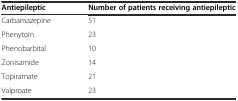
<table><thead><tr><td><b>Antiepileptic</b></td><td><b>Number of patients receiving antiepileptic</b></td></tr></thead><tbody><tr><td>Carbamazepine</td><td>51</td></tr><tr><td>Phenytoin</td><td>23</td></tr><tr><td>Phenobarbital</td><td>10</td></tr><tr><td>Zonisamide</td><td>14</td></tr><tr><td>Topiramate</td><td>21</td></tr><tr><td>Valproate</td><td>23</td></tr></tbody></table>